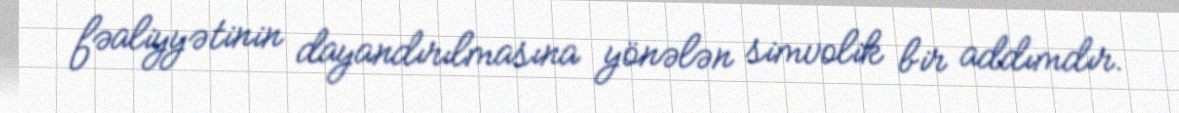
fəaliyyətinin dayandırılmasına yönələn simvolik bir addımdır.